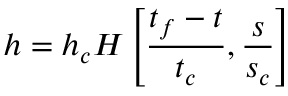
h = h _ { c } H \left[ \frac { t _ { f } - t } { t _ { c } } , \frac { s } { s _ { c } } \right]